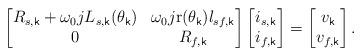
LaTeX: \begin{align*} \begin{bmatrix} R_{s,\mathsf{k}}+\omega_0 j L_{s,\mathsf{k}}(\theta_\mathsf{k}) & \omega_0 j \mathrm{r}(\theta_\mathsf{k}) l_{sf,\mathsf{k}} \\ 0 & R_{f,\mathsf{k}} \end{bmatrix} \begin{bmatrix} i_{s,\mathsf{k}} \\ i_{f,\mathsf{k}} \end{bmatrix} = \begin{bmatrix} v_\mathsf{k} \\ v_{f,\mathsf{k}}\end{bmatrix}.\end{align*}